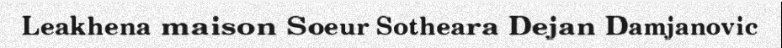
Leakhena maison Soeur Sotheara Dejan Damjanovic